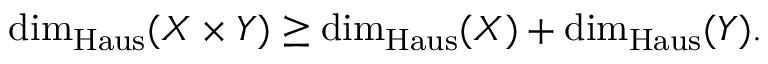
\dim _ { \operatorname { H a u s } } ( X \times Y ) \geq \dim _ { \operatorname { H a u s } } ( X ) + \dim _ { \operatorname { H a u s } } ( Y ) .